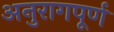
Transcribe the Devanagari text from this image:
अनुरागपूर्ण